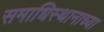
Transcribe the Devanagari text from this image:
समाधिस्थानाच्या